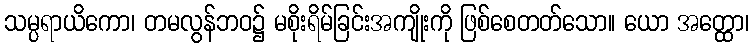
သမ္ပရာယိကော၊ တမလွန်ဘဝ၌ မစိုးရိမ်ခြင်းအကျိုးကို ဖြစ်စေတတ်သော။ ယော အတ္ထော၊